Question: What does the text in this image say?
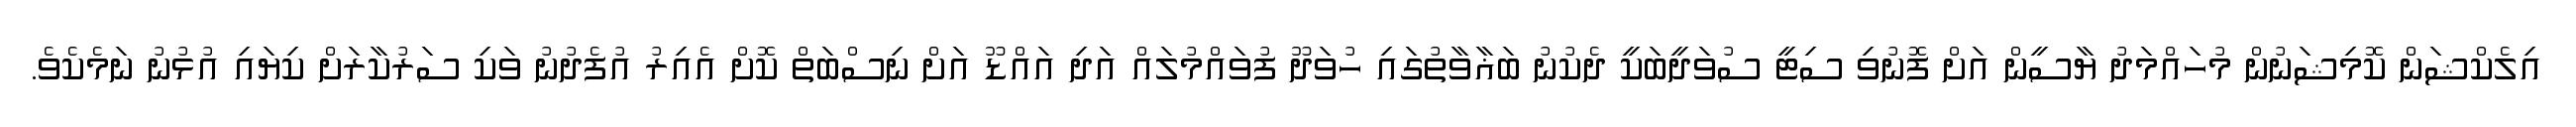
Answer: އިލެކްޝަން ކޮމިޝަނުން މުހައްމަދު ޔާސީން އަށް ފޮނުވި ސިޓީ ސުވަދީބަކީ ދެކުނު ބަޣާވާތުގައި ހުވަދޫ ފުވައްމުލައް އަދި އައްޑޫ އަށް ނިސްބަތް ކޮށް އެއިރު އުފެދުނު ވަކި ސަރުކާރަށް ކިޔައި އުޅުނު ނަމެކެވެ.